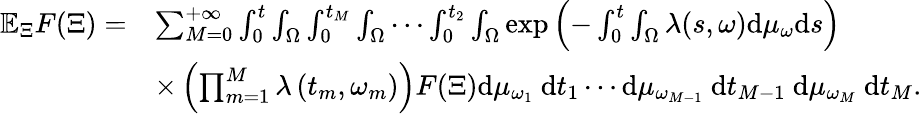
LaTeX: \begin{array}{rl}{\mathbb{E}_{\Xi}F(\Xi)=}&{\sum_{M=0}^{+\infty}\int_{0}^{t}\int_{\Omega}\int_{0}^{t_{M}}\int_{\Omega}\cdots\int_{0}^{t_{2}}\int_{\Omega}\exp\left(-\int_{0}^{t}\int_{\Omega}\lambda(s,\omega)\mathrm{d}\mu_{\omega}\mathrm{d}s\right)}\\ &{\times\left(\prod_{m=1}^{M}\lambda\left(t_{m},\omega_{m}\right)\right)F(\Xi)\mathrm{d}\mu_{\omega_{1}}\mathrm{~d}t_{1}\cdots\mathrm{d}\mu_{\omega_{M-1}}\mathrm{~d}t_{M-1}\mathrm{~d}\mu_{\omega_{M}}\mathrm{~d}t_{M}.}\end{array}